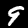
Label: 9